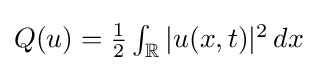
{\textstyle Q(u)={\frac {1}{2}}\int _{\mathbb {R} }|u(x,t)|^{2}\,dx}